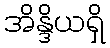
အိန္ဒိယရှိ